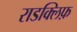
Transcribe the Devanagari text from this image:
राडक्लिफ़